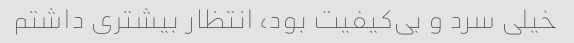
خیلی سرد و بی‌کیفیت بود، انتظار بیشتری داشتم